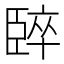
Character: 𫇈